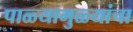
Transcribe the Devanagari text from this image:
पाळ्यामुळ्यांचा